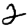
Digit: 2